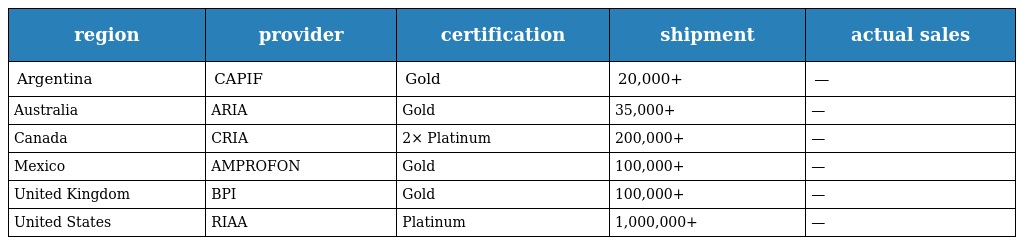
| region | provider | certification | shipment | actual sales |
 | --- | --- | --- | --- | --- |
 | Argentina | CAPIF | Gold | 20,000+ | — |
 | Australia | ARIA | Gold | 35,000+ | — |
 | Canada | CRIA | 2× Platinum | 200,000+ | — |
 | Mexico | AMPROFON | Gold | 100,000+ | — |
 | United Kingdom | BPI | Gold | 100,000+ | — |
 | United States | RIAA | Platinum | 1,000,000+ | — |